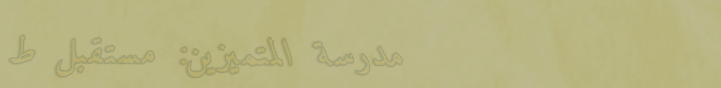
مدرسة المتميزين: مستقبل ط